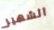
الشهير